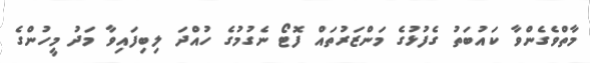
މާތްވެގެންވާ ކައުބަތު ގެފުޅުގެ މަންޒަރުތައް ފޮޓޯ ނެގުމުގެ ހުއްދަ ލިބިފައިވާ މަދު މީހުންގެ